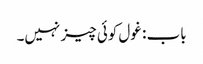
باب : غول کوئی چیز نہیں۔